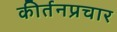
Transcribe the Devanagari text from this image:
कीर्तनप्रचार